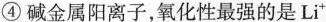
④碱金属阳离子，氧化性最强的是Li^{+}